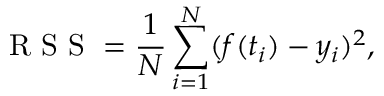
\mathrm { ~ R ~ S ~ S ~ } = \frac { 1 } { N } \sum _ { i = 1 } ^ { N } ( f ( t _ { i } ) - y _ { i } ) ^ { 2 } ,